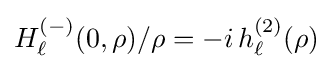
H_{\ell }^{(-)}(0,\rho )/\rho =-i\,h_{\ell }^{(2)}(\rho )